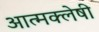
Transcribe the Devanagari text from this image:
आत्मक्लेषी